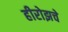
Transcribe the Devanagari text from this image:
हीरोझचे